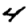
Digit: 4